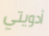
أدويتي